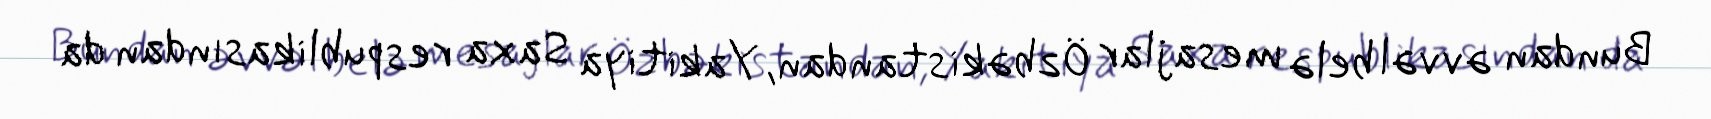
Bundan əvvəl belə mesajlar Özbəkistandan, Yakitiya Saxa respublikasından da